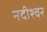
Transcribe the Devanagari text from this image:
नदीश्वर